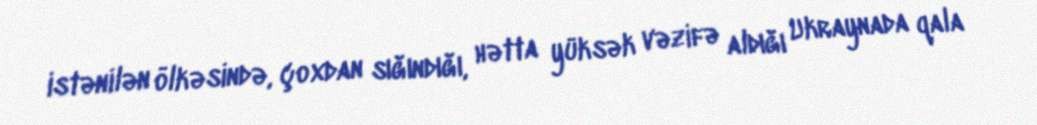
istənilən ölkəsində, çoxdan sığındığı, hətta yüksək vəzifə aldığı Ukraynada qala